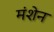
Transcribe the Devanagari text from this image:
मंशेन